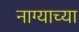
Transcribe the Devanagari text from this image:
नाग्याच्या